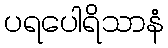
ပရပေါရိသာနံ